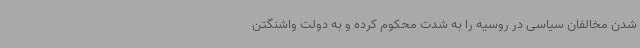
شدن مخالفان سیاسی در روسیه را به شدت محکوم کرده و به دولت واشنگتن